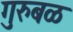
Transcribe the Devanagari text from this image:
गुरुबळ